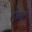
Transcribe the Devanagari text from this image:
टोपले